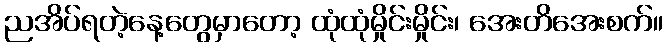
ညအိပ်ရတဲ့နေ့တွေမှာတော့ ထုံထုံမှိုင်းမှိုင်း၊ အေးတိအေးစက်။